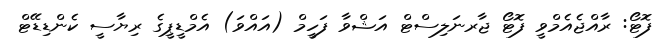
ފޮޓޯ: ރާއްޖެއެމްވީ ފޮޓޯ ޖާރނަލިސްޓް އަޝްވާ ފަހީމް (އައްވަ) އެމްޑީޕީގެ ރިޔާސީ ކެންޑިޑޭޓް